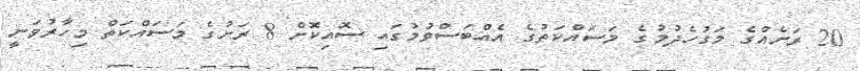
20 ރަށެއްގެ މަގުހެދުމުގެ މަސައްކަތުގެ އެއްބަސްވުމުގައި ސޮއިކޮށް 8 ރަށުގެ މަސައްކަތް މިހާރުވަނީ